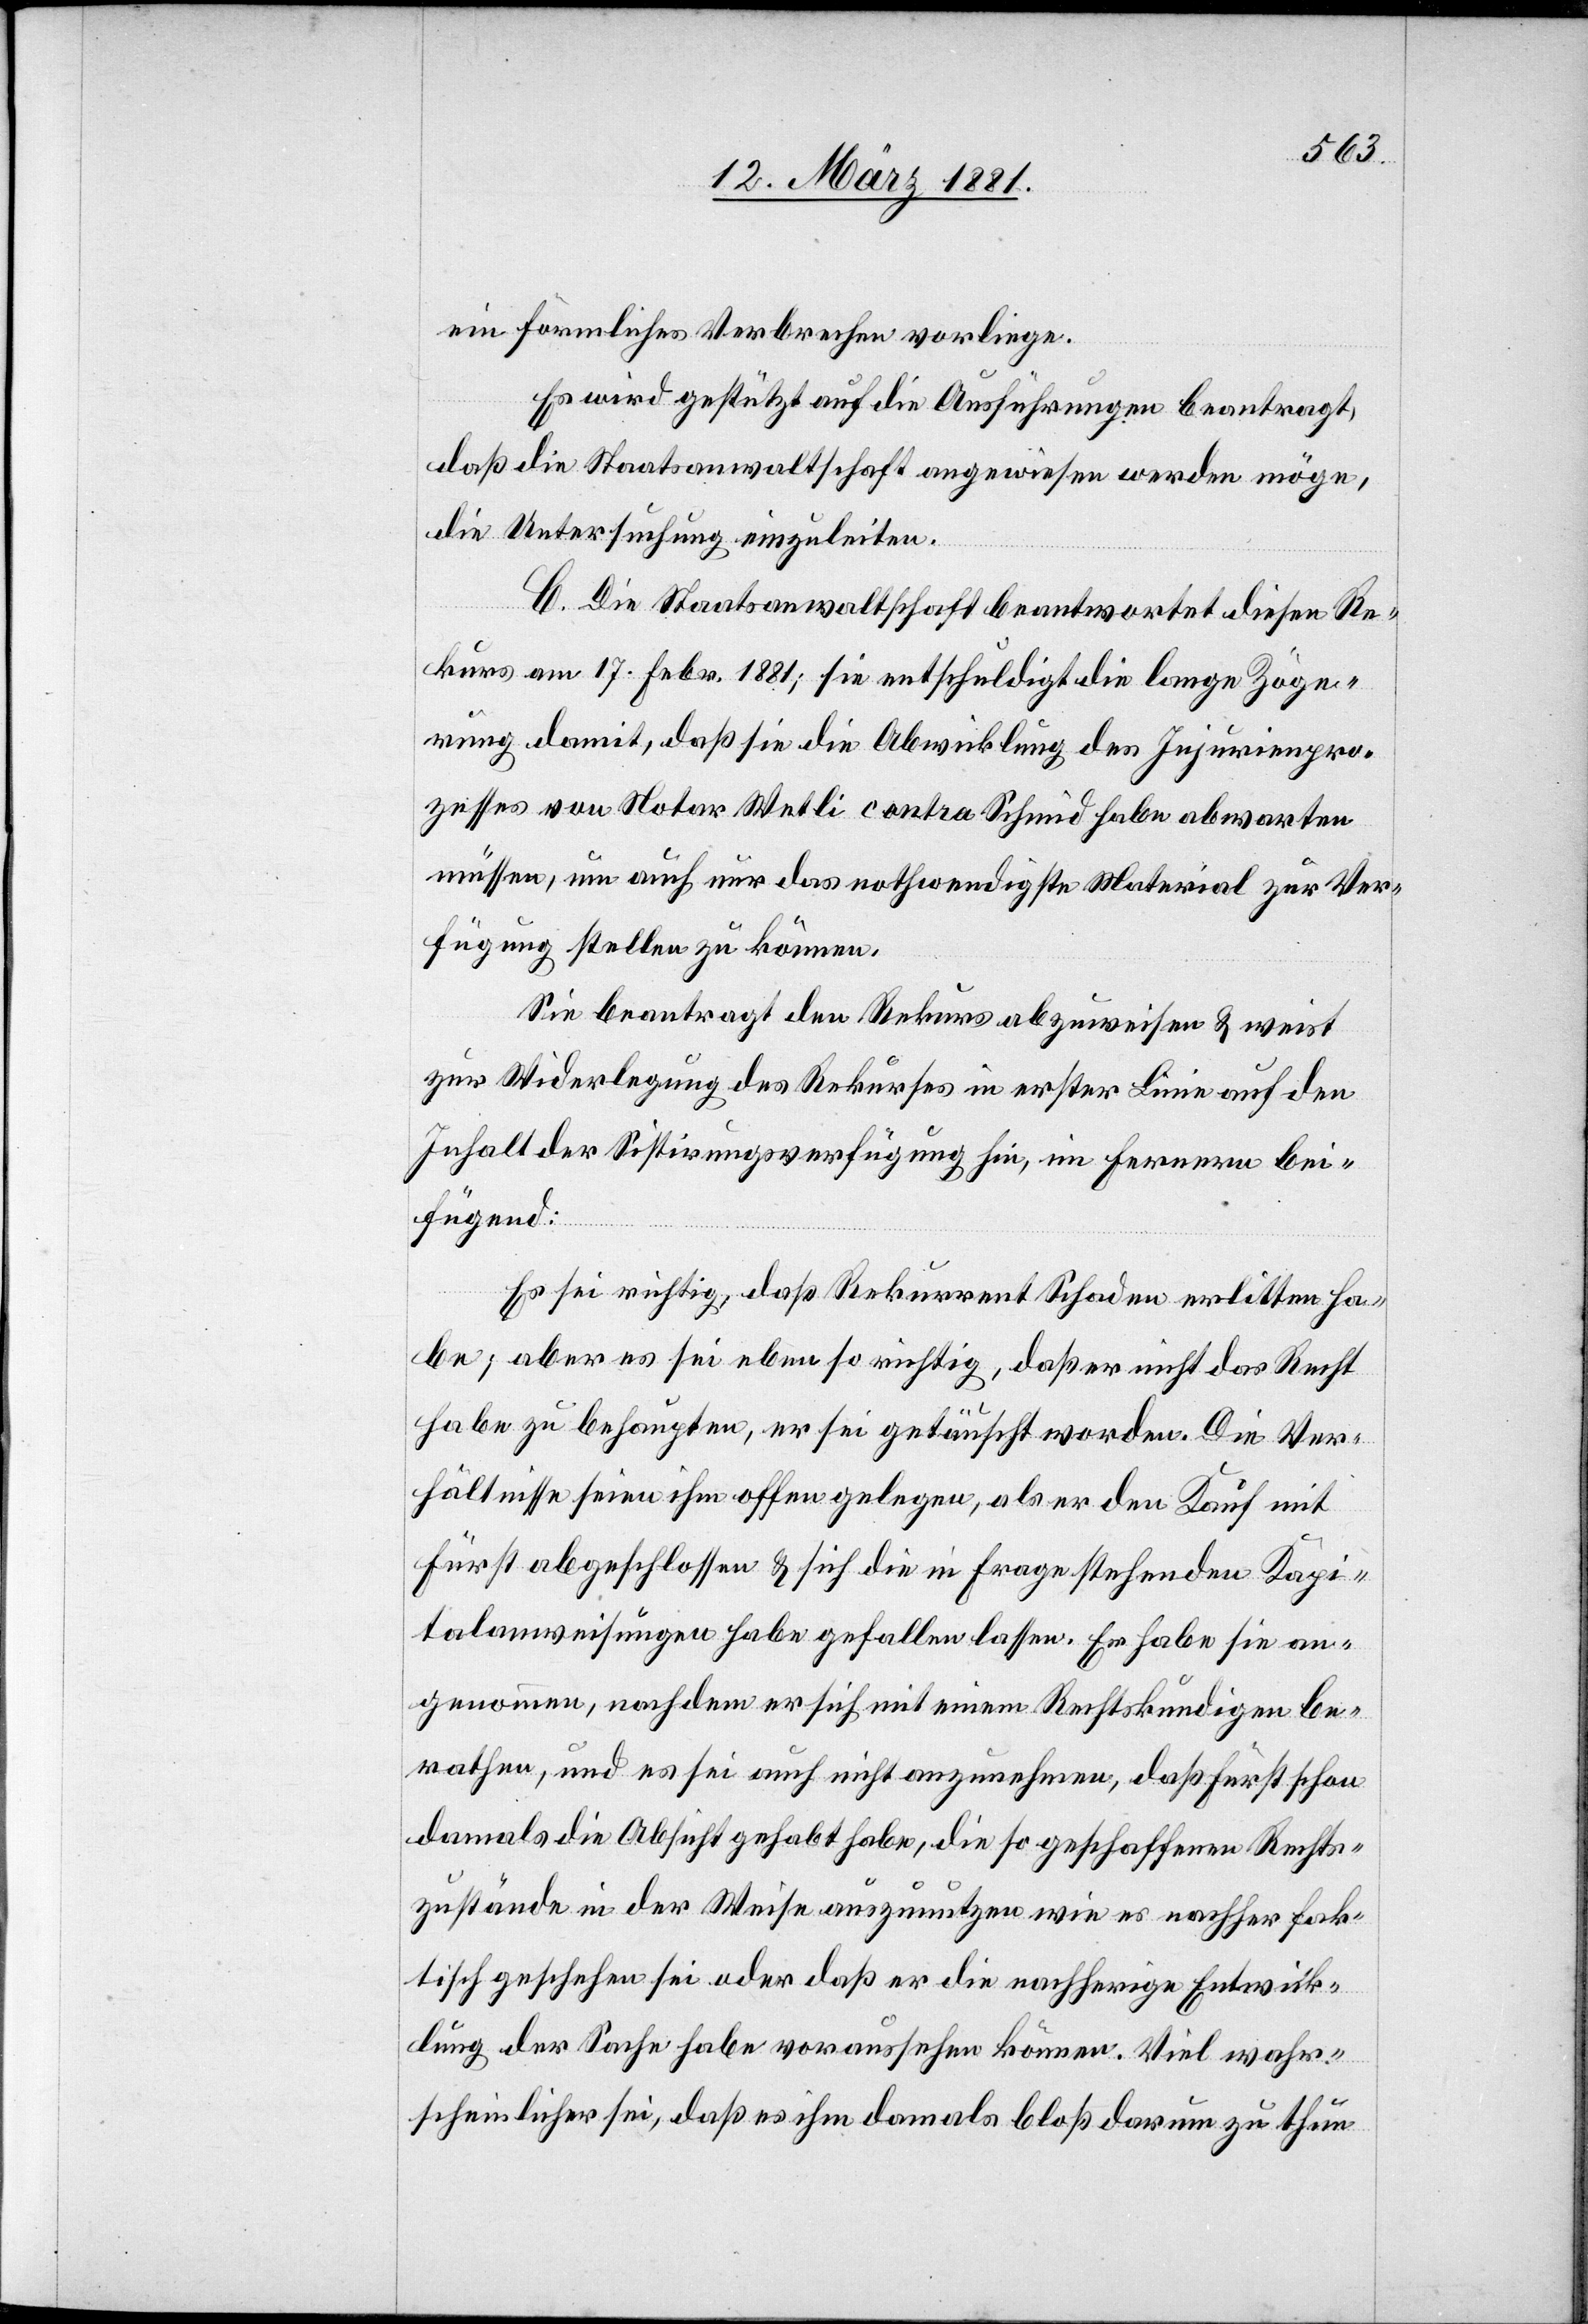
ein förmliches Verbrechen vorliege.
Es wird gestützt auf die Ausführungen beantragt,
daß die Staatsanwaltschaft angewiesen werden möge,
die Untersuchung einzuleiten.
C. Die Staatsanwaltschaft beantwortet diesen Re¬
kurs am 17. Febr. 1881; sie entschuldigt die lange Zöge¬
rung damit, daß sie die Abwicklung des Injurienpro¬
zesses von Notar Wetli contra Schmid habe abwarten
müssen, um auch nur das nothwendigste Material zur Ver¬
fügung stellen zu können.
Sie beantragt den Rekurs abzuweisen & weist
zur Widerlegung des Rekurses in erster Linie auf den
Inhalt der Sistirungsverfügung hin, im Fernern bei¬
fügend:
Es sei richtig, daß Rekurrent Schaden erlitten ha¬
be; aber es sei ebenso richtig, daß er nicht das Recht
habe zu behaupten, er sei getäuscht worden. Die Ver¬
hältnisse seien ihm offen gelegen, als er den Kauf mit
Fürst abgeschlossen & sich die in Frage stehenden Kapi¬
talanweisungen habe gefallen lassen. Es habe sie an¬
genommen, nachdem er sich mit einem Rechtskundigen be¬
rathen, und es sei auch nicht anzunehmen, daß Fürst schon
damals die Absicht gehabt habe, die so geschaffenen Rechts¬
zustände in der Weise auszunutzen wie es nachher fak¬
tisch geschehen sei oder daß er die nachherige Entwick¬
lung der Sache habe voraussehen können. Viel wahr¬
scheinlicher sei, daß es ihm damals bloß darum zu thun